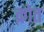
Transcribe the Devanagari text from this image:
क्रोत